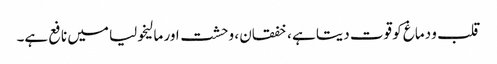
قلب و دماغ کو قوت دیتا ہے ، خفقان ، وحشت اور مالیخولیا میں نافع ہے۔